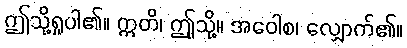
ဤသို့ရှုပါ၏။ ဣတိ၊ ဤုသို့။ အဝေါစ၊ လျှောက်၏။